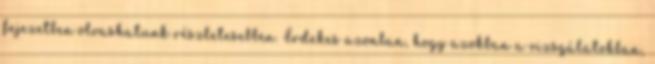
fejezetben olvashatunk részletesebben. Érdekes azonban, hogy azokban a vizsgálatokban,